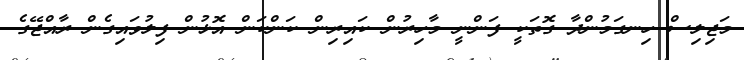
މަޖިލިސް ހިނގަމުންދާ ގޮތަކީ ފަންނީ މާހިރުން ކައިރިން ކަންކަން އޮޅުން ފިލުވައިގެން ރާއްޖޭގެ